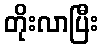
တိုးလာပြီး